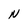
Character: N